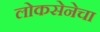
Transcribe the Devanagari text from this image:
लोकसेनेचा